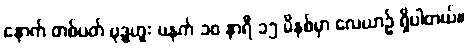
နောက် တစ်ပတ် ဗုဒ္ဓဟူး မနက် ၁၀ နာရီ ၁၅ မိနစ်မှာ လေယာဉ် ရှိပါတယ်။